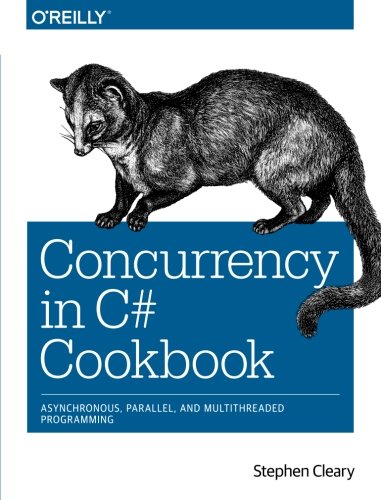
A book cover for Concurrency in C# Cookbook; Stephen Cleary; Computers & Technology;